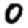
Digit: 0